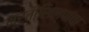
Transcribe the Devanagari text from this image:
मूर्तीशिल्पांचा